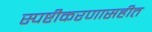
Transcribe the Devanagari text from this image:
स्पष्टीकरणासहीत